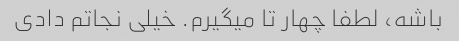
باشه، لطفا چهار تا میگیرم. خیلی نجاتم دادی